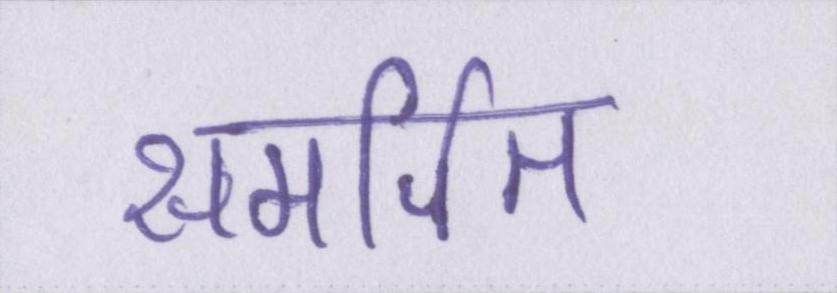
समर्पित